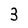
Character: 3